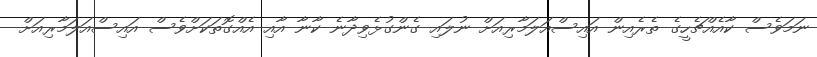
ނަމަވެސް ކާއެއްޗެހީގެ ތެރެއިން އައިސްއަލަމާރިއަށް ނުލައި ގެންގުޅެވިދާނެ ކާނާ އާއި އެއްގޮތަކަށްވެސް އައިސްއަލަމާރިއަށް